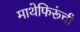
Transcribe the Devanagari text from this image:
माथेफिरूंची